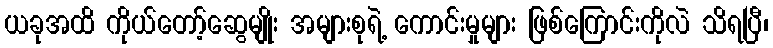
ယခုအထိ ကိုယ်တော့်ဆွေမျိုး အများစုရဲ့ ကောင်းမှုများ ဖြစ်ကြောင်းကိုလဲ သိရပြီ၊